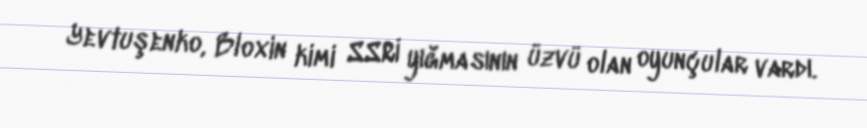
Yevtuşenko, Bloxin kimi SSRİ yığmasının üzvü olan oyunçular vardı.